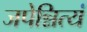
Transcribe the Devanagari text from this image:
जपेन्नित्यं